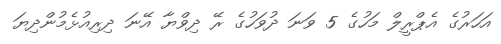
އަހަރުގެ އެޕްރީލް މަހުގެ 5 ވަނަ ދުވަހުގެ ރޭ ދިވްޔާ އޭނަ ދިރިއުޅެމުންދިޔަ